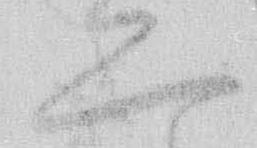
二